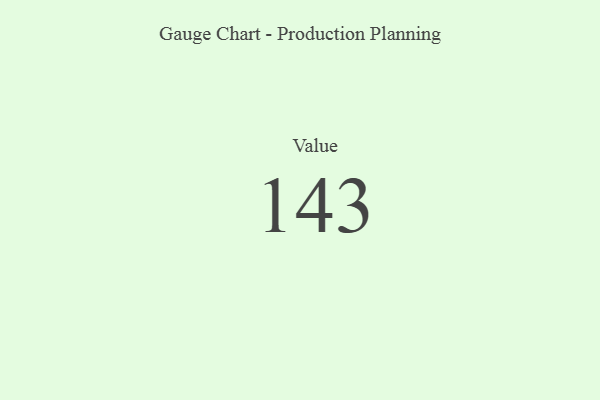
{"axis": {"x": "Metric", "y": "Value"}, "legend": [""], "data": [{"x": "Value", "y": 143, "type": ""}]}